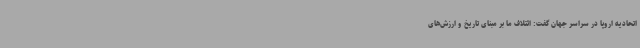
اتحادیه اروپا در سراسر جهان گفت: ائتلاف ما بر مبنای تاریخ و ارزش‌های